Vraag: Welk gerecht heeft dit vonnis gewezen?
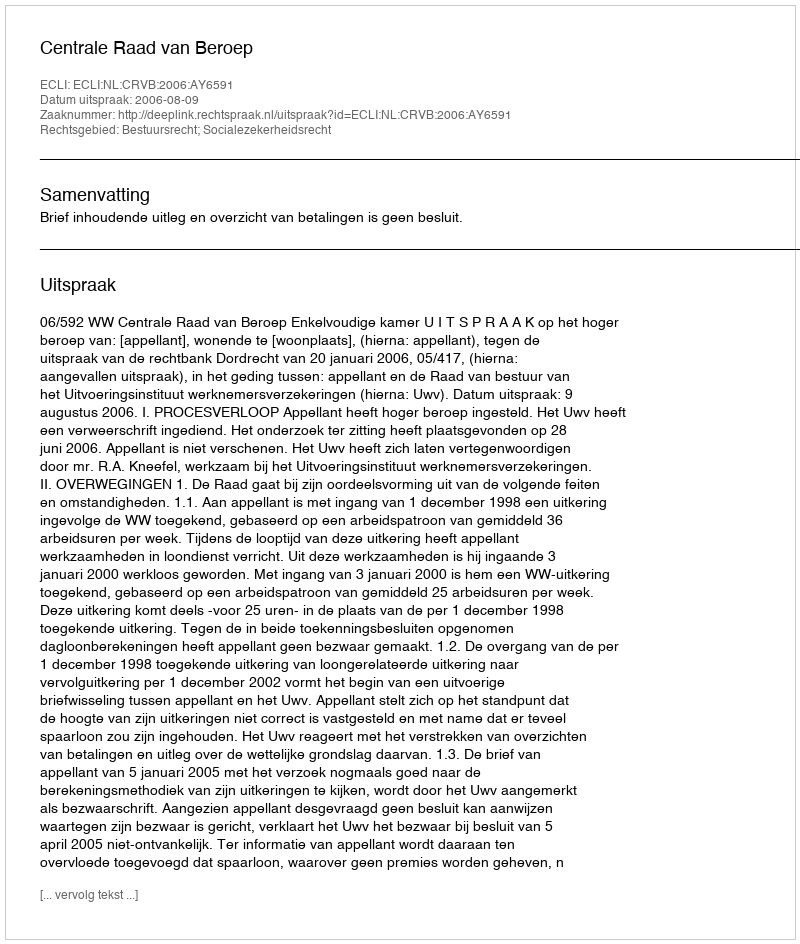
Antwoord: Centrale Raad van Beroep